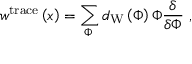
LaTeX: w ^ { \mathrm { t r a c e } } \left( x \right) = \sum _ { \Phi \, } d _ { \mathrm { W } } \left( \Phi \right) \Phi \frac \delta { \delta \Phi } \, \, ,